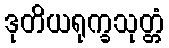
ဒုတိယရုက္ခသုတ္တံ